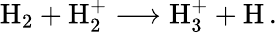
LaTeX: \mathrm{H}_{2}+\mathrm{H}_{2}^{+}\longrightarrow\mathrm{H}_{3}^{+}+\mathrm{H}\, .